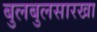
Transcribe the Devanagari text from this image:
बुलबुलसारखा